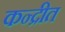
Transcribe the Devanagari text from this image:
कन्द्रीत